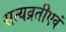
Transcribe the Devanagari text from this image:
सत्यव्रतीएवं